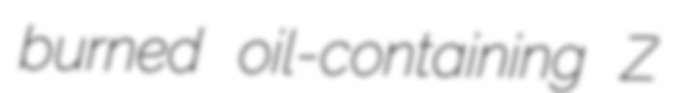
burned oil-containing Z